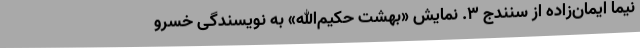
نیما ایمان‌زاده از سنندج 3. نمایش «بهشت حکیم‌الله» به نویسندگی خسرو